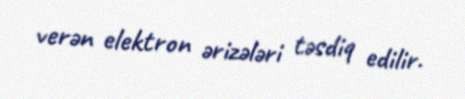
verən elektron ərizələri təsdiq edilir.